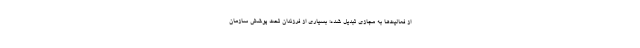
از فعالیت‌ها به مجازی تبدیل شده؛ بسیاری از فرزندان تحت پوشش سازمان